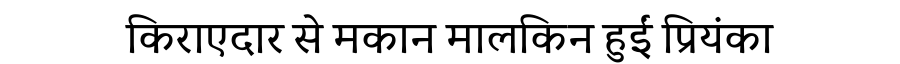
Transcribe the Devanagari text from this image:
किराएदार से मकान मालकिन हुईं प्रियंका